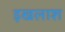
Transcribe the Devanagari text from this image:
इखलाश